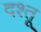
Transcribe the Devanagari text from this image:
दश्तू